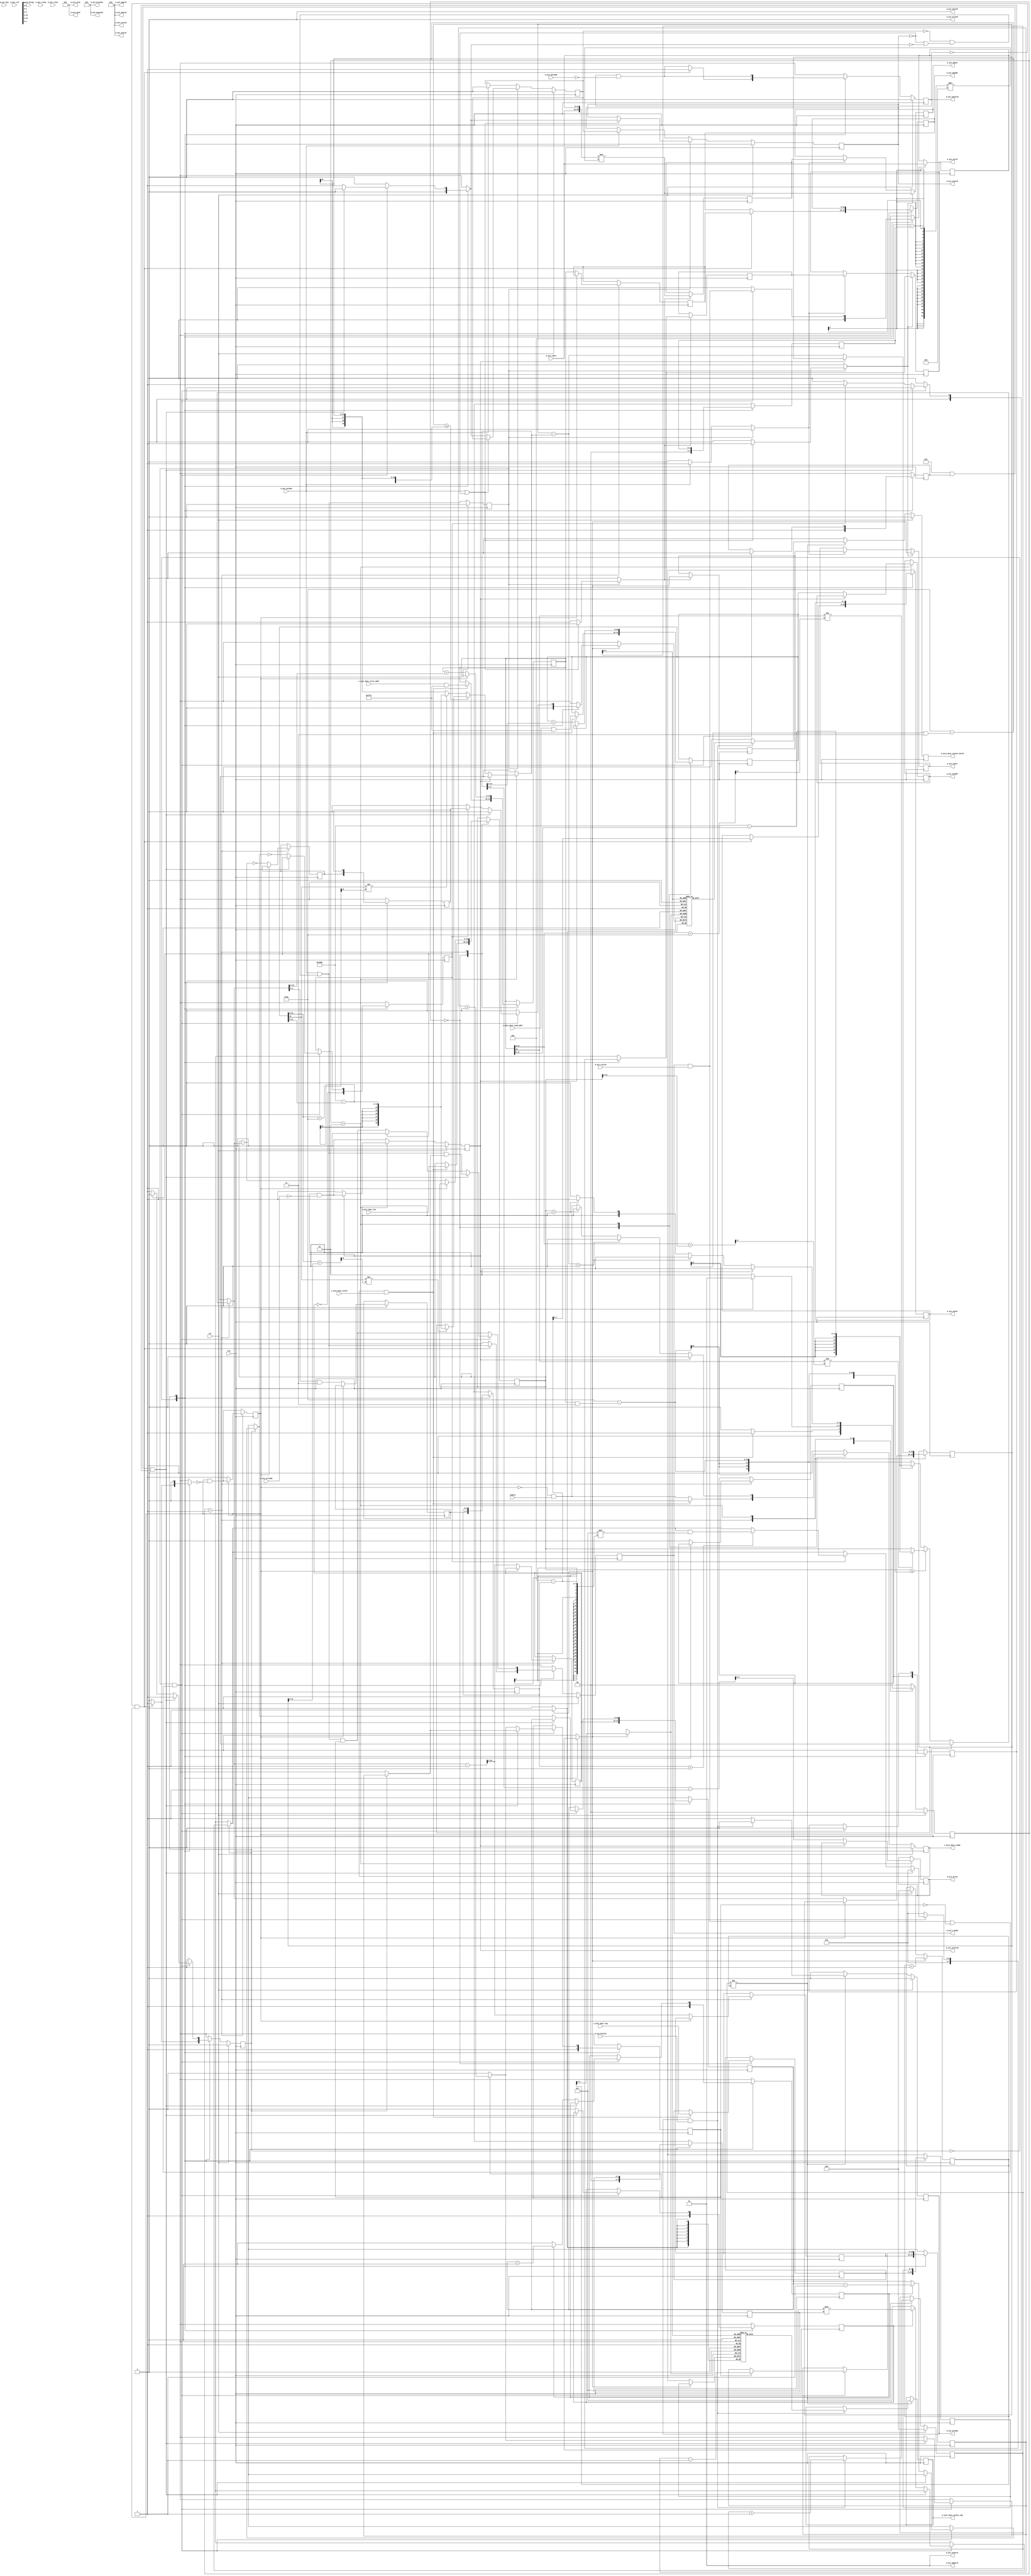
/*

Copyright (c) 2018 Alex Forencich

Permission is hereby granted, free of charge, to any person obtaining a copy
of this software and associated documentation files (the "Software"), to deal
in the Software without restriction, including without limitation the rights
to use, copy, modify, merge, publish, distribute, sublicense, and/or sell
copies of the Software, and to permit persons to whom the Software is
furnished to do so, subject to the following conditions:

The above copyright notice and this permission notice shall be included in
all copies or substantial portions of the Software.

THE SOFTWARE IS PROVIDED "AS IS", WITHOUT WARRANTY OF ANY KIND, EXPRESS OR
IMPLIED, INCLUDING BUT NOT LIMITED TO THE WARRANTIES OF MERCHANTABILITY
FITNESS FOR A PARTICULAR PURPOSE AND NONINFRINGEMENT. IN NO EVENT SHALL THE
AUTHORS OR COPYRIGHT HOLDERS BE LIABLE FOR ANY CLAIM, DAMAGES OR OTHER
LIABILITY, WHETHER IN AN ACTION OF CONTRACT, TORT OR OTHERWISE, ARISING FROM,
OUT OF OR IN CONNECTION WITH THE SOFTWARE OR THE USE OR OTHER DEALINGS IN
THE SOFTWARE.

*/

// Language: Verilog 2001

`timescale 1ns / 1ps

/*
 * AXI4 Central DMA
 */
module axi_cdma #
(
    // Width of data bus in bits
    parameter AXI_DATA_WIDTH = 32,
    // Width of address bus in bits
    parameter AXI_ADDR_WIDTH = 16,
    // Width of wstrb (width of data bus in words)
    parameter AXI_STRB_WIDTH = (AXI_DATA_WIDTH/8),
    // Width of AXI ID signal
    parameter AXI_ID_WIDTH = 8,
    // Maximum AXI burst length to generate
    parameter AXI_MAX_BURST_LEN = 16,
    // Width of length field
    parameter LEN_WIDTH = 20,
    // Width of tag field
    parameter TAG_WIDTH = 8,
    // Enable support for unaligned transfers
    parameter ENABLE_UNALIGNED = 0
)
(
    input  wire                       clk,
    input  wire                       rst,

    /*
     * AXI descriptor input
     */
    input  wire [AXI_ADDR_WIDTH-1:0]  s_axis_desc_read_addr,
    input  wire [AXI_ADDR_WIDTH-1:0]  s_axis_desc_write_addr,
    input  wire [LEN_WIDTH-1:0]       s_axis_desc_len,
    input  wire [TAG_WIDTH-1:0]       s_axis_desc_tag,
    input  wire                       s_axis_desc_valid,
    output wire                       s_axis_desc_ready,

    /*
     * AXI descriptor status output
     */
    output wire [TAG_WIDTH-1:0]       m_axis_desc_status_tag,
    output wire                       m_axis_desc_status_valid,

    /*
     * AXI write master interface
     */
    output wire [AXI_ID_WIDTH-1:0]    m_axi_awid,
    output wire [AXI_ADDR_WIDTH-1:0]  m_axi_awaddr,
    output wire [7:0]                 m_axi_awlen,
    output wire [2:0]                 m_axi_awsize,
    output wire [1:0]                 m_axi_awburst,
    output wire                       m_axi_awlock,
    output wire [3:0]                 m_axi_awcache,
    output wire [2:0]                 m_axi_awprot,
    output wire                       m_axi_awvalid,
    input  wire                       m_axi_awready,
    output wire [AXI_DATA_WIDTH-1:0]  m_axi_wdata,
    output wire [AXI_STRB_WIDTH-1:0]  m_axi_wstrb,
    output wire                       m_axi_wlast,
    output wire                       m_axi_wvalid,
    input  wire                       m_axi_wready,
    input  wire [AXI_ID_WIDTH-1:0]    m_axi_bid,
    input  wire [1:0]                 m_axi_bresp,
    input  wire                       m_axi_bvalid,
    output wire                       m_axi_bready,

    /*
     * AXI read master interface
     */
    output wire [AXI_ID_WIDTH-1:0]    m_axi_arid,
    output wire [AXI_ADDR_WIDTH-1:0]  m_axi_araddr,
    output wire [7:0]                 m_axi_arlen,
    output wire [2:0]                 m_axi_arsize,
    output wire [1:0]                 m_axi_arburst,
    output wire                       m_axi_arlock,
    output wire [3:0]                 m_axi_arcache,
    output wire [2:0]                 m_axi_arprot,
    output wire                       m_axi_arvalid,
    input  wire                       m_axi_arready,
    input  wire [AXI_ID_WIDTH-1:0]    m_axi_rid,
    input  wire [AXI_DATA_WIDTH-1:0]  m_axi_rdata,
    input  wire [1:0]                 m_axi_rresp,
    input  wire                       m_axi_rlast,
    input  wire                       m_axi_rvalid,
    output wire                       m_axi_rready,

    /*
     * Configuration
     */
    input  wire                       enable
);

parameter AXI_WORD_WIDTH = AXI_STRB_WIDTH;
parameter AXI_WORD_SIZE = AXI_DATA_WIDTH/AXI_WORD_WIDTH;
parameter AXI_BURST_SIZE = $clog2(AXI_STRB_WIDTH);
parameter AXI_MAX_BURST_SIZE = AXI_MAX_BURST_LEN << AXI_BURST_SIZE;

parameter OFFSET_WIDTH = AXI_STRB_WIDTH > 1 ? $clog2(AXI_STRB_WIDTH) : 1;
parameter OFFSET_MASK = AXI_STRB_WIDTH > 1 ? {OFFSET_WIDTH{1'b1}} : 0;
parameter ADDR_MASK = {AXI_ADDR_WIDTH{1'b1}} << $clog2(AXI_STRB_WIDTH);
parameter CYCLE_COUNT_WIDTH = LEN_WIDTH - AXI_BURST_SIZE + 1;

parameter STATUS_FIFO_ADDR_WIDTH = 5;

// bus width assertions
initial begin
    if (AXI_WORD_SIZE * AXI_STRB_WIDTH != AXI_DATA_WIDTH) begin
        $error("Error: AXI data width not evenly divisble (instance %m)");
        $finish;
    end

    if (2**$clog2(AXI_WORD_WIDTH) != AXI_WORD_WIDTH) begin
        $error("Error: AXI word width must be even power of two (instance %m)");
        $finish;
    end

    if (AXI_MAX_BURST_LEN < 1 || AXI_MAX_BURST_LEN > 256) begin
        $error("Error: AXI_MAX_BURST_LEN must be between 1 and 256 (instance %m)");
        $finish;
    end
end

localparam [1:0]
    READ_STATE_IDLE = 2'd0,
    READ_STATE_START = 2'd1,
    READ_STATE_REQ = 2'd2;

reg [1:0] read_state_reg = READ_STATE_IDLE, read_state_next;

localparam [0:0]
    AXI_STATE_IDLE = 1'd0,
    AXI_STATE_WRITE = 1'd1;

reg [0:0] axi_state_reg = AXI_STATE_IDLE, axi_state_next;

// datapath control signals
reg transfer_in_save;
reg axi_cmd_ready;
reg status_fifo_we;

reg [AXI_ADDR_WIDTH-1:0] read_addr_reg = {AXI_ADDR_WIDTH{1'b0}}, read_addr_next;
reg [AXI_ADDR_WIDTH-1:0] write_addr_reg = {AXI_ADDR_WIDTH{1'b0}}, write_addr_next;
reg [LEN_WIDTH-1:0] op_word_count_reg = {LEN_WIDTH{1'b0}}, op_word_count_next;
reg [LEN_WIDTH-1:0] tr_word_count_reg = {LEN_WIDTH{1'b0}}, tr_word_count_next;
reg [LEN_WIDTH-1:0] axi_word_count_reg = {LEN_WIDTH{1'b0}}, axi_word_count_next;

reg [AXI_ADDR_WIDTH-1:0] axi_cmd_addr_reg = {AXI_ADDR_WIDTH{1'b0}}, axi_cmd_addr_next;
reg [OFFSET_WIDTH-1:0] axi_cmd_offset_reg = {OFFSET_WIDTH{1'b0}}, axi_cmd_offset_next;
reg [OFFSET_WIDTH-1:0] axi_cmd_first_cycle_offset_reg = {OFFSET_WIDTH{1'b0}}, axi_cmd_first_cycle_offset_next;
reg [OFFSET_WIDTH-1:0] axi_cmd_last_cycle_offset_reg = {OFFSET_WIDTH{1'b0}}, axi_cmd_last_cycle_offset_next;
reg [CYCLE_COUNT_WIDTH-1:0] axi_cmd_input_cycle_count_reg = {CYCLE_COUNT_WIDTH{1'b0}}, axi_cmd_input_cycle_count_next;
reg [CYCLE_COUNT_WIDTH-1:0] axi_cmd_output_cycle_count_reg = {CYCLE_COUNT_WIDTH{1'b0}}, axi_cmd_output_cycle_count_next;
reg axi_cmd_bubble_cycle_reg = 1'b0, axi_cmd_bubble_cycle_next;
reg axi_cmd_last_transfer_reg = 1'b0, axi_cmd_last_transfer_next;
reg [TAG_WIDTH-1:0] axi_cmd_tag_reg = {TAG_WIDTH{1'b0}}, axi_cmd_tag_next;
reg axi_cmd_valid_reg = 1'b0, axi_cmd_valid_next;

reg [OFFSET_WIDTH-1:0] offset_reg = {OFFSET_WIDTH{1'b0}}, offset_next;
reg [OFFSET_WIDTH-1:0] first_cycle_offset_reg = {OFFSET_WIDTH{1'b0}}, first_cycle_offset_next;
reg [OFFSET_WIDTH-1:0] last_cycle_offset_reg = {OFFSET_WIDTH{1'b0}}, last_cycle_offset_next;
reg [CYCLE_COUNT_WIDTH-1:0] input_cycle_count_reg = {CYCLE_COUNT_WIDTH{1'b0}}, input_cycle_count_next;
reg [CYCLE_COUNT_WIDTH-1:0] output_cycle_count_reg = {CYCLE_COUNT_WIDTH{1'b0}}, output_cycle_count_next;
reg input_active_reg = 1'b0, input_active_next;
reg output_active_reg = 1'b0, output_active_next;
reg bubble_cycle_reg = 1'b0, bubble_cycle_next;
reg first_input_cycle_reg = 1'b0, first_input_cycle_next;
reg first_output_cycle_reg = 1'b0, first_output_cycle_next;
reg output_last_cycle_reg = 1'b0, output_last_cycle_next;
reg last_transfer_reg = 1'b0, last_transfer_next;

reg [TAG_WIDTH-1:0] tag_reg = {TAG_WIDTH{1'b0}}, tag_next;

reg [STATUS_FIFO_ADDR_WIDTH+1-1:0] status_fifo_wr_ptr_reg = 0, status_fifo_wr_ptr_next;
reg [STATUS_FIFO_ADDR_WIDTH+1-1:0] status_fifo_rd_ptr_reg = 0, status_fifo_rd_ptr_next;
reg [TAG_WIDTH-1:0] status_fifo_tag[(2**STATUS_FIFO_ADDR_WIDTH)-1:0];
reg status_fifo_last[(2**STATUS_FIFO_ADDR_WIDTH)-1:0];
reg [TAG_WIDTH-1:0] status_fifo_wr_tag;
reg status_fifo_wr_last;

reg s_axis_desc_ready_reg = 1'b0, s_axis_desc_ready_next;

reg [TAG_WIDTH-1:0] m_axis_desc_status_tag_reg = {TAG_WIDTH{1'b0}}, m_axis_desc_status_tag_next;
reg m_axis_desc_status_valid_reg = 1'b0, m_axis_desc_status_valid_next;

reg [AXI_ADDR_WIDTH-1:0] m_axi_araddr_reg = {AXI_ADDR_WIDTH{1'b0}}, m_axi_araddr_next;
reg [7:0] m_axi_arlen_reg = 8'd0, m_axi_arlen_next;
reg m_axi_arvalid_reg = 1'b0, m_axi_arvalid_next;
reg m_axi_rready_reg = 1'b0, m_axi_rready_next;

reg [AXI_ADDR_WIDTH-1:0] m_axi_awaddr_reg = {AXI_ADDR_WIDTH{1'b0}}, m_axi_awaddr_next;
reg [7:0] m_axi_awlen_reg = 8'd0, m_axi_awlen_next;
reg m_axi_awvalid_reg = 1'b0, m_axi_awvalid_next;
reg m_axi_bready_reg = 1'b0, m_axi_bready_next;

reg [AXI_DATA_WIDTH-1:0] save_axi_rdata_reg = {AXI_DATA_WIDTH{1'b0}};

wire [AXI_DATA_WIDTH-1:0] shift_axi_rdata = {m_axi_rdata, save_axi_rdata_reg} >> ((AXI_STRB_WIDTH-offset_reg)*AXI_WORD_SIZE);

// internal datapath
reg  [AXI_DATA_WIDTH-1:0] m_axi_wdata_int;
reg  [AXI_STRB_WIDTH-1:0] m_axi_wstrb_int;
reg                       m_axi_wlast_int;
reg                       m_axi_wvalid_int;
reg                       m_axi_wready_int_reg = 1'b0;
wire                      m_axi_wready_int_early;

assign s_axis_desc_ready = s_axis_desc_ready_reg;

assign m_axis_desc_status_tag = m_axis_desc_status_tag_reg;
assign m_axis_desc_status_valid = m_axis_desc_status_valid_reg;

assign m_axi_arid = {AXI_ID_WIDTH{1'b0}};
assign m_axi_araddr = m_axi_araddr_reg;
assign m_axi_arlen = m_axi_arlen_reg;
assign m_axi_arsize = AXI_BURST_SIZE;
assign m_axi_arburst = 2'b01;
assign m_axi_arlock = 1'b0;
assign m_axi_arcache = 4'b0011;
assign m_axi_arprot = 3'b010;
assign m_axi_arvalid = m_axi_arvalid_reg;
assign m_axi_rready = m_axi_rready_reg;

assign m_axi_awid = {AXI_ID_WIDTH{1'b0}};
assign m_axi_awaddr = m_axi_awaddr_reg;
assign m_axi_awlen = m_axi_awlen_reg;
assign m_axi_awsize = AXI_BURST_SIZE;
assign m_axi_awburst = 2'b01;
assign m_axi_awlock = 1'b0;
assign m_axi_awcache = 4'b0011;
assign m_axi_awprot = 3'b010;
assign m_axi_awvalid = m_axi_awvalid_reg;
assign m_axi_bready = m_axi_bready_reg;

wire [AXI_ADDR_WIDTH-1:0] read_addr_plus_max_burst = read_addr_reg + AXI_MAX_BURST_SIZE;
wire [AXI_ADDR_WIDTH-1:0] read_addr_plus_op_count = read_addr_reg + op_word_count_reg;
wire [AXI_ADDR_WIDTH-1:0] read_addr_plus_axi_count = read_addr_reg + axi_word_count_reg;

wire [AXI_ADDR_WIDTH-1:0] write_addr_plus_max_burst = write_addr_reg + AXI_MAX_BURST_SIZE;
wire [AXI_ADDR_WIDTH-1:0] write_addr_plus_op_count = write_addr_reg + op_word_count_reg;
wire [AXI_ADDR_WIDTH-1:0] write_addr_plus_axi_count = write_addr_reg + axi_word_count_reg;

always @* begin
    read_state_next = READ_STATE_IDLE;

    s_axis_desc_ready_next = 1'b0;

    m_axi_araddr_next = m_axi_araddr_reg;
    m_axi_arlen_next = m_axi_arlen_reg;
    m_axi_arvalid_next = m_axi_arvalid_reg && !m_axi_arready;

    read_addr_next = read_addr_reg;
    write_addr_next = write_addr_reg;
    op_word_count_next = op_word_count_reg;
    tr_word_count_next = tr_word_count_reg;
    axi_word_count_next = axi_word_count_reg;

    axi_cmd_addr_next = axi_cmd_addr_reg;
    axi_cmd_offset_next = axi_cmd_offset_reg;
    axi_cmd_first_cycle_offset_next = axi_cmd_first_cycle_offset_reg;
    axi_cmd_last_cycle_offset_next = axi_cmd_last_cycle_offset_reg;
    axi_cmd_input_cycle_count_next = axi_cmd_input_cycle_count_reg;
    axi_cmd_output_cycle_count_next = axi_cmd_output_cycle_count_reg;
    axi_cmd_bubble_cycle_next = axi_cmd_bubble_cycle_reg;
    axi_cmd_last_transfer_next = axi_cmd_last_transfer_reg;
    axi_cmd_tag_next = axi_cmd_tag_reg;
    axi_cmd_valid_next = axi_cmd_valid_reg && !axi_cmd_ready;

    case (read_state_reg)
        READ_STATE_IDLE: begin
            // idle state - load new descriptor to start operation
            s_axis_desc_ready_next = !axi_cmd_valid_reg && enable;

            if (s_axis_desc_ready && s_axis_desc_valid) begin
                if (ENABLE_UNALIGNED) begin
                    read_addr_next = s_axis_desc_read_addr;
                    write_addr_next = s_axis_desc_write_addr;
                end else begin
                    read_addr_next = s_axis_desc_read_addr & ADDR_MASK;
                    write_addr_next = s_axis_desc_write_addr & ADDR_MASK;
                end
                axi_cmd_tag_next = s_axis_desc_tag;
                op_word_count_next = s_axis_desc_len;

                s_axis_desc_ready_next = 1'b0;
                read_state_next = READ_STATE_START;
            end else begin
                read_state_next = READ_STATE_IDLE;
            end
        end
        READ_STATE_START: begin
            // start state - compute write length
            if (!axi_cmd_valid_reg) begin
                if (op_word_count_reg <= AXI_MAX_BURST_SIZE - (write_addr_reg & OFFSET_MASK)) begin
                    // packet smaller than max burst size
                    if (write_addr_reg[12] != write_addr_plus_op_count[12]) begin
                        // crosses 4k boundary
                        axi_word_count_next = 13'h1000 - write_addr_reg[11:0];
                    end else begin
                        // does not cross 4k boundary
                        axi_word_count_next = op_word_count_reg;
                    end
                end else begin
                    // packet larger than max burst size
                    if (write_addr_reg[12] != write_addr_plus_max_burst[12]) begin
                        // crosses 4k boundary
                        axi_word_count_next = 13'h1000 - write_addr_reg[11:0];
                    end else begin
                        // does not cross 4k boundary
                        axi_word_count_next = AXI_MAX_BURST_SIZE - (write_addr_reg & OFFSET_MASK);
                    end
                end

                write_addr_next = write_addr_reg + axi_word_count_next;
                op_word_count_next = op_word_count_reg - axi_word_count_next;

                axi_cmd_addr_next = write_addr_reg;
                if (ENABLE_UNALIGNED) begin
                    axi_cmd_input_cycle_count_next = (axi_word_count_next + (read_addr_reg & OFFSET_MASK) - 1) >> AXI_BURST_SIZE;
                    axi_cmd_output_cycle_count_next = (axi_word_count_next + (write_addr_reg & OFFSET_MASK) - 1) >> AXI_BURST_SIZE;
                    axi_cmd_offset_next = (write_addr_reg & OFFSET_MASK) - (read_addr_reg & OFFSET_MASK);
                    axi_cmd_bubble_cycle_next = (read_addr_reg & OFFSET_MASK) > (write_addr_reg & OFFSET_MASK);
                    axi_cmd_first_cycle_offset_next = write_addr_reg & OFFSET_MASK;
                    axi_cmd_last_cycle_offset_next = axi_cmd_first_cycle_offset_next + axi_word_count_next & OFFSET_MASK;
                end else begin
                    axi_cmd_input_cycle_count_next = (axi_word_count_next - 1) >> AXI_BURST_SIZE;
                    axi_cmd_output_cycle_count_next = (axi_word_count_next - 1) >> AXI_BURST_SIZE;
                    axi_cmd_offset_next = 0;
                    axi_cmd_bubble_cycle_next = 0;
                    axi_cmd_first_cycle_offset_next = 0;
                    axi_cmd_last_cycle_offset_next = axi_word_count_next & OFFSET_MASK;
                end
                axi_cmd_last_transfer_next = op_word_count_next == 0;
                axi_cmd_valid_next = 1'b1;

                read_state_next = READ_STATE_REQ;
            end else begin
                read_state_next = READ_STATE_START;
            end
        end
        READ_STATE_REQ: begin
            // request state - issue AXI read requests
            if (!m_axi_arvalid) begin
                if (axi_word_count_reg <= AXI_MAX_BURST_SIZE - (read_addr_reg & OFFSET_MASK)) begin
                    // packet smaller than max burst size
                    if (read_addr_reg[12] != read_addr_plus_axi_count[12]) begin
                        // crosses 4k boundary
                        tr_word_count_next = 13'h1000 - read_addr_reg[11:0];
                    end else begin
                        // does not cross 4k boundary
                        tr_word_count_next = axi_word_count_reg;
                    end
                end else begin
                    // packet larger than max burst size
                    if (read_addr_reg[12] != read_addr_plus_max_burst[12]) begin
                        // crosses 4k boundary
                        tr_word_count_next = 13'h1000 - read_addr_reg[11:0];
                    end else begin
                        // does not cross 4k boundary
                        tr_word_count_next = AXI_MAX_BURST_SIZE - (read_addr_reg & OFFSET_MASK);
                    end
                end

                m_axi_araddr_next = read_addr_reg;
                if (ENABLE_UNALIGNED) begin
                    m_axi_arlen_next = (tr_word_count_next + (read_addr_reg & OFFSET_MASK) - 1) >> AXI_BURST_SIZE;
                end else begin
                    m_axi_arlen_next = (tr_word_count_next - 1) >> AXI_BURST_SIZE;
                end
                m_axi_arvalid_next = 1'b1;

                read_addr_next = read_addr_reg + tr_word_count_next;
                axi_word_count_next = axi_word_count_reg - tr_word_count_next;

                if (axi_word_count_next > 0) begin
                    read_state_next = READ_STATE_REQ;
                end else if (op_word_count_next > 0) begin
                    read_state_next = READ_STATE_START;
                end else begin
                    s_axis_desc_ready_next = !axi_cmd_valid_reg && enable;
                    read_state_next = READ_STATE_IDLE;
                end
            end else begin
                read_state_next = READ_STATE_REQ;
            end
        end
    endcase
end

always @* begin
    axi_state_next = AXI_STATE_IDLE;

    m_axis_desc_status_tag_next = m_axis_desc_status_tag_reg;
    m_axis_desc_status_valid_next = 1'b0;

    m_axi_awaddr_next = m_axi_awaddr_reg;
    m_axi_awlen_next = m_axi_awlen_reg;
    m_axi_awvalid_next = m_axi_awvalid_reg && !m_axi_awready;
    m_axi_wdata_int = shift_axi_rdata;
    m_axi_wstrb_int = {AXI_STRB_WIDTH{1'b0}};
    m_axi_wlast_int = 1'b0;
    m_axi_wvalid_int = 1'b0;
    m_axi_bready_next = 1'b0;

    m_axi_rready_next = 1'b0;

    transfer_in_save = 1'b0;
    axi_cmd_ready = 1'b0;
    status_fifo_we = 1'b0;

    offset_next = offset_reg;
    first_cycle_offset_next = first_cycle_offset_reg;
    last_cycle_offset_next = last_cycle_offset_reg;
    input_cycle_count_next = input_cycle_count_reg;
    output_cycle_count_next = output_cycle_count_reg;
    input_active_next = input_active_reg;
    output_active_next = output_active_reg;
    bubble_cycle_next = bubble_cycle_reg;
    first_input_cycle_next = first_input_cycle_reg;
    first_output_cycle_next = first_output_cycle_reg;
    output_last_cycle_next = output_last_cycle_reg;
    last_transfer_next = last_transfer_reg;

    tag_next = tag_reg;

    status_fifo_rd_ptr_next = status_fifo_rd_ptr_reg;

    status_fifo_wr_tag = tag_reg;
    status_fifo_wr_last = 1'b0;

    case (axi_state_reg)
        AXI_STATE_IDLE: begin
            // idle state - load new descriptor to start operation
            m_axi_rready_next = 1'b0;

            // store transfer parameters
            if (ENABLE_UNALIGNED) begin
                offset_next = axi_cmd_offset_reg;
                first_cycle_offset_next = axi_cmd_first_cycle_offset_reg;
            end else begin
                offset_next = 0;
                first_cycle_offset_next = 0;
            end
            last_cycle_offset_next = axi_cmd_last_cycle_offset_reg;
            input_cycle_count_next = axi_cmd_input_cycle_count_reg;
            output_cycle_count_next = axi_cmd_output_cycle_count_reg;
            bubble_cycle_next = axi_cmd_bubble_cycle_reg;
            last_transfer_next = axi_cmd_last_transfer_reg;
            tag_next = axi_cmd_tag_reg;

            output_last_cycle_next = output_cycle_count_next == 0;
            input_active_next = 1'b1;
            output_active_next = 1'b1;
            first_input_cycle_next = 1'b1;
            first_output_cycle_next = 1'b1;

            if (!m_axi_awvalid && axi_cmd_valid_reg) begin
                axi_cmd_ready = 1'b1;

                m_axi_awaddr_next = axi_cmd_addr_reg;
                m_axi_awlen_next = axi_cmd_output_cycle_count_reg;
                m_axi_awvalid_next = 1'b1;

                m_axi_rready_next = m_axi_wready_int_early;
                axi_state_next = AXI_STATE_WRITE;
            end
        end
        AXI_STATE_WRITE: begin
            // handle AXI read data
            m_axi_rready_next = m_axi_wready_int_early && input_active_reg;

            if (m_axi_wready_int_reg && ((m_axi_rready && m_axi_rvalid) || !input_active_reg)) begin
                // transfer in AXI read data
                transfer_in_save = m_axi_rready && m_axi_rvalid;

                if (ENABLE_UNALIGNED && first_input_cycle_reg && bubble_cycle_reg) begin
                    if (input_active_reg) begin
                        input_cycle_count_next = input_cycle_count_reg - 1;
                        input_active_next = input_cycle_count_reg > 0;
                    end
                    bubble_cycle_next = 1'b0;
                    first_input_cycle_next = 1'b0;

                    m_axi_rready_next = m_axi_wready_int_early && input_active_next;
                    axi_state_next = AXI_STATE_WRITE;
                end else begin
                    // update counters
                    if (input_active_reg) begin
                        input_cycle_count_next = input_cycle_count_reg - 1;
                        input_active_next = input_cycle_count_reg > 0;
                    end
                    if (output_active_reg) begin
                        output_cycle_count_next = output_cycle_count_reg - 1;
                        output_active_next = output_cycle_count_reg > 0;
                    end
                    output_last_cycle_next = output_cycle_count_next == 0;
                    bubble_cycle_next = 1'b0;
                    first_input_cycle_next = 1'b0;
                    first_output_cycle_next = 1'b0;

                    // pass through read data
                    m_axi_wdata_int = shift_axi_rdata;
                    if (first_output_cycle_reg) begin
                        m_axi_wstrb_int = {AXI_STRB_WIDTH{1'b1}} << first_cycle_offset_reg;
                    end else begin
                        m_axi_wstrb_int = {AXI_STRB_WIDTH{1'b1}};
                    end
                    m_axi_wvalid_int = 1'b1;

                    if (output_last_cycle_reg) begin
                        // no more data to transfer, finish operation
                        if (last_cycle_offset_reg > 0) begin
                            m_axi_wstrb_int = m_axi_wstrb_int & {AXI_STRB_WIDTH{1'b1}} >> (AXI_STRB_WIDTH - last_cycle_offset_reg);
                        end
                        m_axi_wlast_int = 1'b1;

                        status_fifo_we = 1'b1;
                        status_fifo_wr_tag = tag_reg;
                        status_fifo_wr_last = last_transfer_reg;

                        m_axi_rready_next = 1'b0;
                        axi_state_next = AXI_STATE_IDLE;
                    end else begin
                        // more cycles in AXI transfer
                        axi_state_next = AXI_STATE_WRITE;
                    end
                end
            end else begin
                axi_state_next = AXI_STATE_WRITE;
            end
        end
    endcase

    if (status_fifo_rd_ptr_reg != status_fifo_wr_ptr_reg) begin
        // status FIFO not empty
        if (m_axi_bready && m_axi_bvalid) begin
            // got write completion, pop and return status
            m_axis_desc_status_tag_next = status_fifo_tag[status_fifo_rd_ptr_reg[STATUS_FIFO_ADDR_WIDTH-1:0]];
            m_axis_desc_status_valid_next = status_fifo_last[status_fifo_rd_ptr_reg[STATUS_FIFO_ADDR_WIDTH-1:0]];
            status_fifo_rd_ptr_next = status_fifo_rd_ptr_reg + 1;
            m_axi_bready_next = 1'b0;
        end else begin
            // wait for write completion
            m_axi_bready_next = 1'b1;
        end
    end
end

always @(posedge clk) begin
    if (rst) begin
        read_state_reg <= READ_STATE_IDLE;
        axi_state_reg <= AXI_STATE_IDLE;
        axi_cmd_valid_reg <= 1'b0;
        s_axis_desc_ready_reg <= 1'b0;
        m_axis_desc_status_valid_reg <= 1'b0;
        m_axi_awvalid_reg <= 1'b0;
        m_axi_bready_reg <= 1'b0;
        m_axi_arvalid_reg <= 1'b0;
        m_axi_rready_reg <= 1'b0;

        status_fifo_wr_ptr_reg <= 0;
        status_fifo_rd_ptr_reg <= 0;
    end else begin
        read_state_reg <= read_state_next;
        axi_state_reg <= axi_state_next;
        axi_cmd_valid_reg <= axi_cmd_valid_next;
        s_axis_desc_ready_reg <= s_axis_desc_ready_next;
        m_axis_desc_status_valid_reg <= m_axis_desc_status_valid_next;
        m_axi_awvalid_reg <= m_axi_awvalid_next;
        m_axi_bready_reg <= m_axi_bready_next;
        m_axi_arvalid_reg <= m_axi_arvalid_next;
        m_axi_rready_reg <= m_axi_rready_next;

        if (status_fifo_we) begin
            status_fifo_wr_ptr_reg <= status_fifo_wr_ptr_reg + 1;
        end
        status_fifo_rd_ptr_reg <= status_fifo_rd_ptr_next;
    end

    m_axis_desc_status_tag_reg <= m_axis_desc_status_tag_next;

    m_axi_awaddr_reg <= m_axi_awaddr_next;
    m_axi_awlen_reg <= m_axi_awlen_next;
    m_axi_araddr_reg <= m_axi_araddr_next;
    m_axi_arlen_reg <= m_axi_arlen_next;

    read_addr_reg <= read_addr_next;
    write_addr_reg <= write_addr_next;
    op_word_count_reg <= op_word_count_next;
    tr_word_count_reg <= tr_word_count_next;
    axi_word_count_reg <= axi_word_count_next;

    axi_cmd_addr_reg <= axi_cmd_addr_next;
    axi_cmd_offset_reg <= axi_cmd_offset_next;
    axi_cmd_first_cycle_offset_reg <= axi_cmd_first_cycle_offset_next;
    axi_cmd_last_cycle_offset_reg <= axi_cmd_last_cycle_offset_next;
    axi_cmd_input_cycle_count_reg <= axi_cmd_input_cycle_count_next;
    axi_cmd_output_cycle_count_reg <= axi_cmd_output_cycle_count_next;
    axi_cmd_bubble_cycle_reg <= axi_cmd_bubble_cycle_next;
    axi_cmd_last_transfer_reg <= axi_cmd_last_transfer_next;
    axi_cmd_tag_reg <= axi_cmd_tag_next;
    axi_cmd_valid_reg <= axi_cmd_valid_next;

    offset_reg <= offset_next;
    first_cycle_offset_reg <= first_cycle_offset_next;
    last_cycle_offset_reg <= last_cycle_offset_next;
    input_cycle_count_reg <= input_cycle_count_next;
    output_cycle_count_reg <= output_cycle_count_next;
    input_active_reg <= input_active_next;
    output_active_reg <= output_active_next;
    bubble_cycle_reg <= bubble_cycle_next;
    first_input_cycle_reg <= first_input_cycle_next;
    first_output_cycle_reg <= first_output_cycle_next;
    output_last_cycle_reg <= output_last_cycle_next;
    last_transfer_reg <= last_transfer_next;

    tag_reg <= tag_next;

    if (transfer_in_save) begin
        save_axi_rdata_reg <= m_axi_rdata;
    end

    if (status_fifo_we) begin
        status_fifo_tag[status_fifo_wr_ptr_reg[STATUS_FIFO_ADDR_WIDTH-1:0]] <= status_fifo_wr_tag;
        status_fifo_last[status_fifo_wr_ptr_reg[STATUS_FIFO_ADDR_WIDTH-1:0]] <= status_fifo_wr_last;
        status_fifo_wr_ptr_reg <= status_fifo_wr_ptr_reg + 1;
    end
end

// output datapath logic
reg [AXI_DATA_WIDTH-1:0] m_axi_wdata_reg  = {AXI_DATA_WIDTH{1'b0}};
reg [AXI_STRB_WIDTH-1:0] m_axi_wstrb_reg  = {AXI_STRB_WIDTH{1'b0}};
reg                      m_axi_wlast_reg  = 1'b0;
reg                      m_axi_wvalid_reg = 1'b0, m_axi_wvalid_next;

reg [AXI_DATA_WIDTH-1:0] temp_m_axi_wdata_reg  = {AXI_DATA_WIDTH{1'b0}};
reg [AXI_STRB_WIDTH-1:0] temp_m_axi_wstrb_reg  = {AXI_STRB_WIDTH{1'b0}};
reg                      temp_m_axi_wlast_reg  = 1'b0;
reg                      temp_m_axi_wvalid_reg = 1'b0, temp_m_axi_wvalid_next;

// datapath control
reg store_axi_w_int_to_output;
reg store_axi_w_int_to_temp;
reg store_axi_w_temp_to_output;

assign m_axi_wdata  = m_axi_wdata_reg;
assign m_axi_wstrb  = m_axi_wstrb_reg;
assign m_axi_wvalid = m_axi_wvalid_reg;
assign m_axi_wlast  = m_axi_wlast_reg;

// enable ready input next cycle if output is ready or the temp reg will not be filled on the next cycle (output reg empty or no input)
assign m_axi_wready_int_early = m_axi_wready || (!temp_m_axi_wvalid_reg && (!m_axi_wvalid_reg || !m_axi_wvalid_int));

always @* begin
    // transfer sink ready state to source
    m_axi_wvalid_next = m_axi_wvalid_reg;
    temp_m_axi_wvalid_next = temp_m_axi_wvalid_reg;

    store_axi_w_int_to_output = 1'b0;
    store_axi_w_int_to_temp = 1'b0;
    store_axi_w_temp_to_output = 1'b0;

    if (m_axi_wready_int_reg) begin
        // input is ready
        if (m_axi_wready || !m_axi_wvalid_reg) begin
            // output is ready or currently not valid, transfer data to output
            m_axi_wvalid_next = m_axi_wvalid_int;
            store_axi_w_int_to_output = 1'b1;
        end else begin
            // output is not ready, store input in temp
            temp_m_axi_wvalid_next = m_axi_wvalid_int;
            store_axi_w_int_to_temp = 1'b1;
        end
    end else if (m_axi_wready) begin
        // input is not ready, but output is ready
        m_axi_wvalid_next = temp_m_axi_wvalid_reg;
        temp_m_axi_wvalid_next = 1'b0;
        store_axi_w_temp_to_output = 1'b1;
    end
end

always @(posedge clk) begin
    if (rst) begin
        m_axi_wvalid_reg <= 1'b0;
        m_axi_wready_int_reg <= 1'b0;
        temp_m_axi_wvalid_reg <= 1'b0;
    end else begin
        m_axi_wvalid_reg <= m_axi_wvalid_next;
        m_axi_wready_int_reg <= m_axi_wready_int_early;
        temp_m_axi_wvalid_reg <= temp_m_axi_wvalid_next;
    end

    // datapath
    if (store_axi_w_int_to_output) begin
        m_axi_wdata_reg <= m_axi_wdata_int;
        m_axi_wstrb_reg <= m_axi_wstrb_int;
        m_axi_wlast_reg <= m_axi_wlast_int;
    end else if (store_axi_w_temp_to_output) begin
        m_axi_wdata_reg <= temp_m_axi_wdata_reg;
        m_axi_wstrb_reg <= temp_m_axi_wstrb_reg;
        m_axi_wlast_reg <= temp_m_axi_wlast_reg;
    end

    if (store_axi_w_int_to_temp) begin
        temp_m_axi_wdata_reg <= m_axi_wdata_int;
        temp_m_axi_wstrb_reg <= m_axi_wstrb_int;
        temp_m_axi_wlast_reg <= m_axi_wlast_int;
    end
end

endmodule